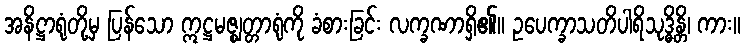
အနိဋ္ဌာရုံတို့မှ ပြန်သော ဣဋ္ဌမဇ္ဈတ္တာရုံကို ခံစားခြင်း လက္ခဏာရှိ၏။ ဥပေက္ခာသတိပါရိသုဒ္ဓိန္တိ၊ ကား။